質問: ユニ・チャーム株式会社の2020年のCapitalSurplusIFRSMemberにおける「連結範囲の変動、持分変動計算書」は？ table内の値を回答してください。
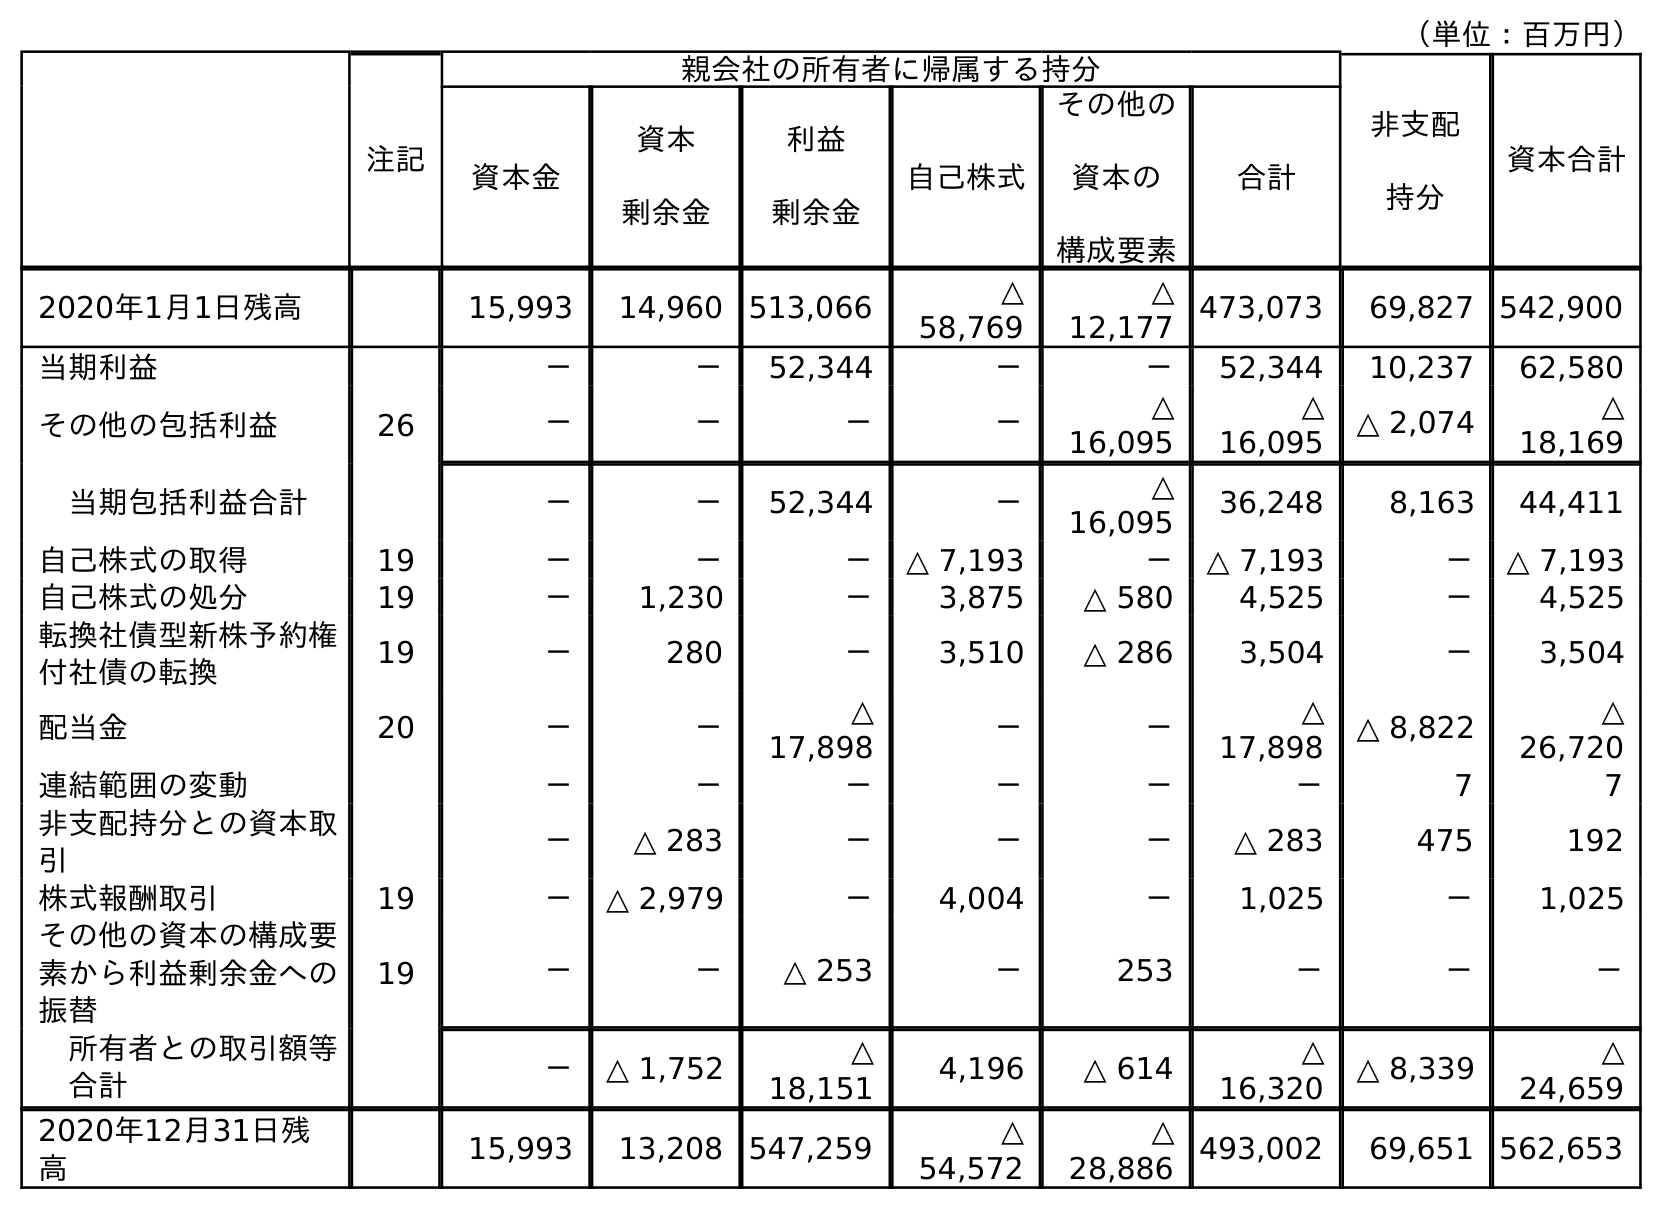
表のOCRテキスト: （単位：百万円） 注記 親会社の所有者に帰属する持分 非支配 持分 資本合計 資本金 資本 剰余金 利益 剰余金 自己株式 その他の 資本の 構成要素 合計 2020年1月1日残高 15,993 14,960 513,066 △ 58,769 △ 12,177 473,073 69,827 542,900 当期利益 － － 52,344 － － 52,344 10,237 62,580 その他の包括利益 26 － － － － △ 16,095 △ 16,095 △ 2,074 △ 18,169 当期包括利益合計 － － 52,344 － △ 16,095 36,248 8,163 44,411 自己株式の取得 19 － － － △ 7,193 － △ 7,193 － △ 7,193 自己株式の処分 19 － 1,230 － 3,875 △ 580 4,525 － 4,525 転換社債型新株予約権 付社債の転換 19 － 280 － 3,510 △ 286 3,504 － 3,504 配当金 20 － － △ 17,898 － － △ 17,898 △ 8,822 △ 26,720 連結範囲の変動 － － － － － － 7 7 非支配持分との資本取 引 － △ 283 － － － △ 283 475 192 株式報酬取引 19 － △ 2,979 － 4,004 － 1,025 － 1,025 その他の資本の構成要 素から利益剰余金への 振替 19 － － △ 253 － 253 － － － 所有者との取引額等 合計 － △ 1,752 △ 18,151 4,196 △ 614 △ 16,320 △ 8,339 △ 24,659 2020年12月31日残 高 15,993 13,208 547,259 △ 54,572 △ 28,886 493,002 69,651 562,653
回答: －